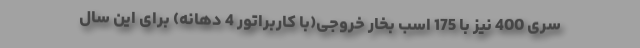
سری 400 نیز با 175 اسب بخار خروجی(با کاربراتور 4 دهانه) برای این سال